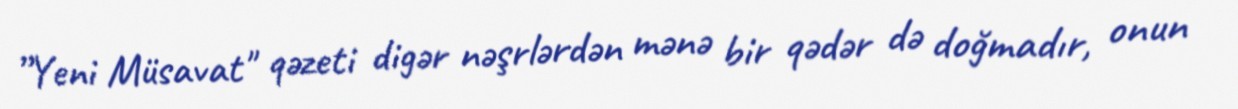
”Yeni Müsavat" qəzeti digər nəşrlərdən mənə bir qədər də doğmadır, onun